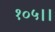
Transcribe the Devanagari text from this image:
१०५।।